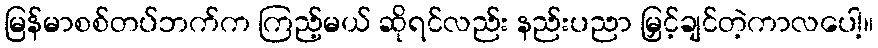
မြန်မာစစ်တပ်ဘက်က ကြည့်မယ် ဆိုရင်လည်း နည်းပညာ မြှင့်ချင်တဲ့ကာလပေါ့။